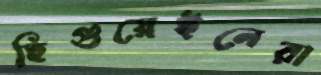
হিগুয়েইনেরা